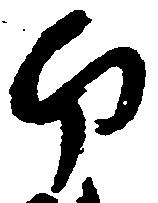
南